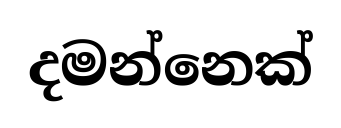
දමන්නෙක්